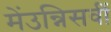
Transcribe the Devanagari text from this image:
मेंउन्निसवीं